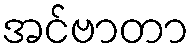
အင်ဗာတာ